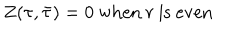
Z ( \tau , \bar { \tau } ) = 0 ~ \mathrm { w h e n } ~ r ~ \mathrm { i s ~ e v e n }